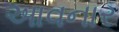
આવનાર